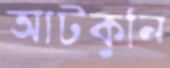
আটকুনি